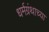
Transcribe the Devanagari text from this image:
धर्मग्रंथाच्या